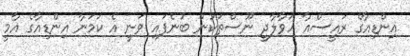
އިންޑިއާގެ ރައީސްއާ ހަވާލާދީ ނޫސްތަކުން ބުނެފައި ވަނީ އެ ކަމަނާ އިންޑިއާގެ އާމީ